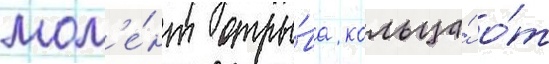
мом'е́нт отры́ва кольца́ о́т